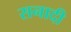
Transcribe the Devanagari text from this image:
सनादी